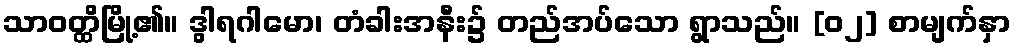
သာဝတ္ထိမြို့၏။ ဒွါရဂါမော၊ တံခါးအနီး၌ တည်အပ်သော ရွာသည်။ [၀၂] စာမျက်နှာ